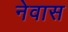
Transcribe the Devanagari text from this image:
नेवास